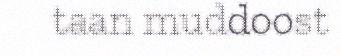
taan muddoost